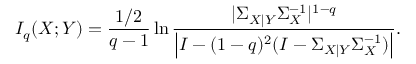
I _ { q } ( X ; Y ) = \frac { 1 / 2 } { q - 1 } \ln \frac { | \Sigma _ { X | Y } \Sigma _ { X } ^ { - 1 } | ^ { 1 - q } } { \left| I - ( 1 - q ) ^ { 2 } ( I - \Sigma _ { X | Y } \Sigma _ { X } ^ { - 1 } ) \right| } .